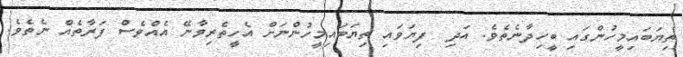
ތިޔަބައިމީހުންގައި ބީހިދާނެތެވެ. އަދި  ފިޔަވައި ތިޔަބައިމީހުންނަށް އެހީތެރިވާނޭ އެއްވެސް ފަރާތެއް ނެތެވެ.